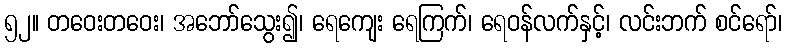
၅၂။ တဝေးတဝေး၊ အဘော်သွေး၍၊ ရေကျေး ရေကြက်၊ ရေဝန်လက်နှင့်၊ လင်းဘက် စင်ရော်၊